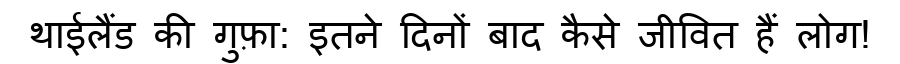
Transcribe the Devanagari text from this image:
थाईलैंड की गुफ़ा: इतने दिनों बाद कैसे जीवित हैं लोग!